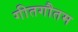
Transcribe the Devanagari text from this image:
गीतगौतम